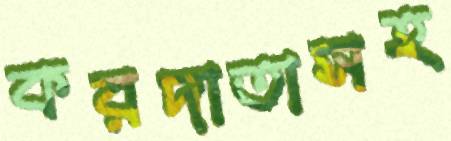
করদাতাসহ